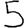
Digit: 5